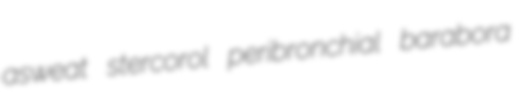
asweat stercorol peribronchial barabora